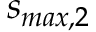
s _ { m a x , 2 }